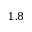
1 . 8